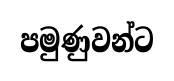
පමුණුවන්ට